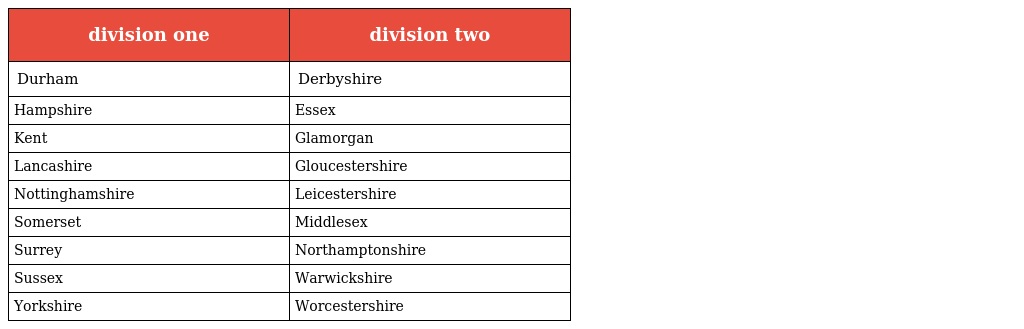
| division one | division two |
 | --- | --- |
 | Durham | Derbyshire |
 | Hampshire | Essex |
 | Kent | Glamorgan |
 | Lancashire | Gloucestershire |
 | Nottinghamshire | Leicestershire |
 | Somerset | Middlesex |
 | Surrey | Northamptonshire |
 | Sussex | Warwickshire |
 | Yorkshire | Worcestershire |